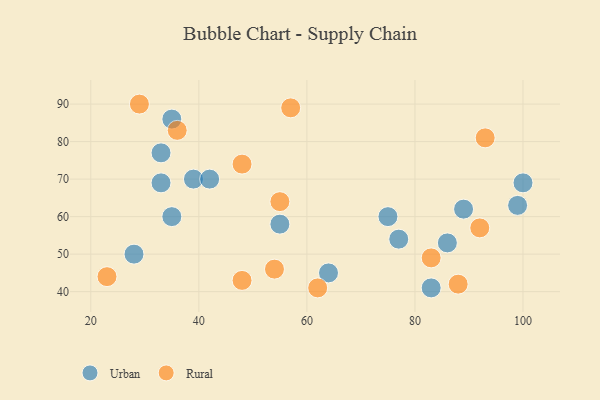
{"axis": {"x": "GDP", "y": "Life Expectancy"}, "legend": ["Rural", "Urban"], "data": [{"x": "77", "y": 54, "type": "Urban"}, {"x": "39", "y": 70, "type": "Urban"}, {"x": "86", "y": 53, "type": "Urban"}, {"x": "33", "y": 69, "type": "Urban"}, {"x": "33", "y": 77, "type": "Urban"}, {"x": "55", "y": 58, "type": "Urban"}, {"x": "100", "y": 69, "type": "Urban"}, {"x": "42", "y": 70, "type": "Urban"}, {"x": "64", "y": 45, "type": "Urban"}, {"x": "35", "y": 60, "type": "Urban"}, {"x": "75", "y": 60, "type": "Urban"}, {"x": "99", "y": 63, "type": "Urban"}, {"x": "35", "y": 86, "type": "Urban"}, {"x": "89", "y": 62, "type": "Urban"}, {"x": "28", "y": 50, "type": "Urban"}, {"x": "83", "y": 41, "type": "Urban"}, {"x": "54", "y": 46, "type": "Rural"}, {"x": "88", "y": 42, "type": "Rural"}, {"x": "83", "y": 49, "type": "Rural"}, {"x": "36", "y": 83, "type": "Rural"}, {"x": "93", "y": 81, "type": "Rural"}, {"x": "23", "y": 44, "type": "Rural"}, {"x": "55", "y": 64, "type": "Rural"}, {"x": "57", "y": 89, "type": "Rural"}, {"x": "48", "y": 74, "type": "Rural"}, {"x": "62", "y": 41, "type": "Rural"}, {"x": "29", "y": 90, "type": "Rural"}, {"x": "92", "y": 57, "type": "Rural"}, {"x": "48", "y": 43, "type": "Rural"}]}